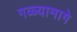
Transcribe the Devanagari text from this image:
गळ्यामागे